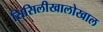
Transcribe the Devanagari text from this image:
सिसिलीखालोखाल